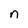
Character: n